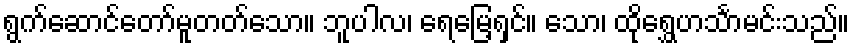
ရွက်ဆောင်တော်မူတတ်သော။ ဘူပါလ၊ ရေမြေ့ရှင်။ သော၊ ထိုရွှေဟင်္သာမင်းသည်။